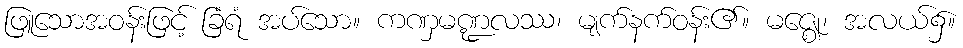
ဖြူသောအဝန်းဖြင့် ခြံရံ အပ်သော။ ကဏှမဏ္ဍလဿ၊ မျက်နက်ဝန်း၏။ မဇ္ဈေ၊ အလယ်၌။